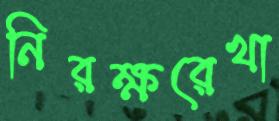
নিরক্ষরেখা